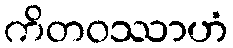
ကိတဝဿာဟံ